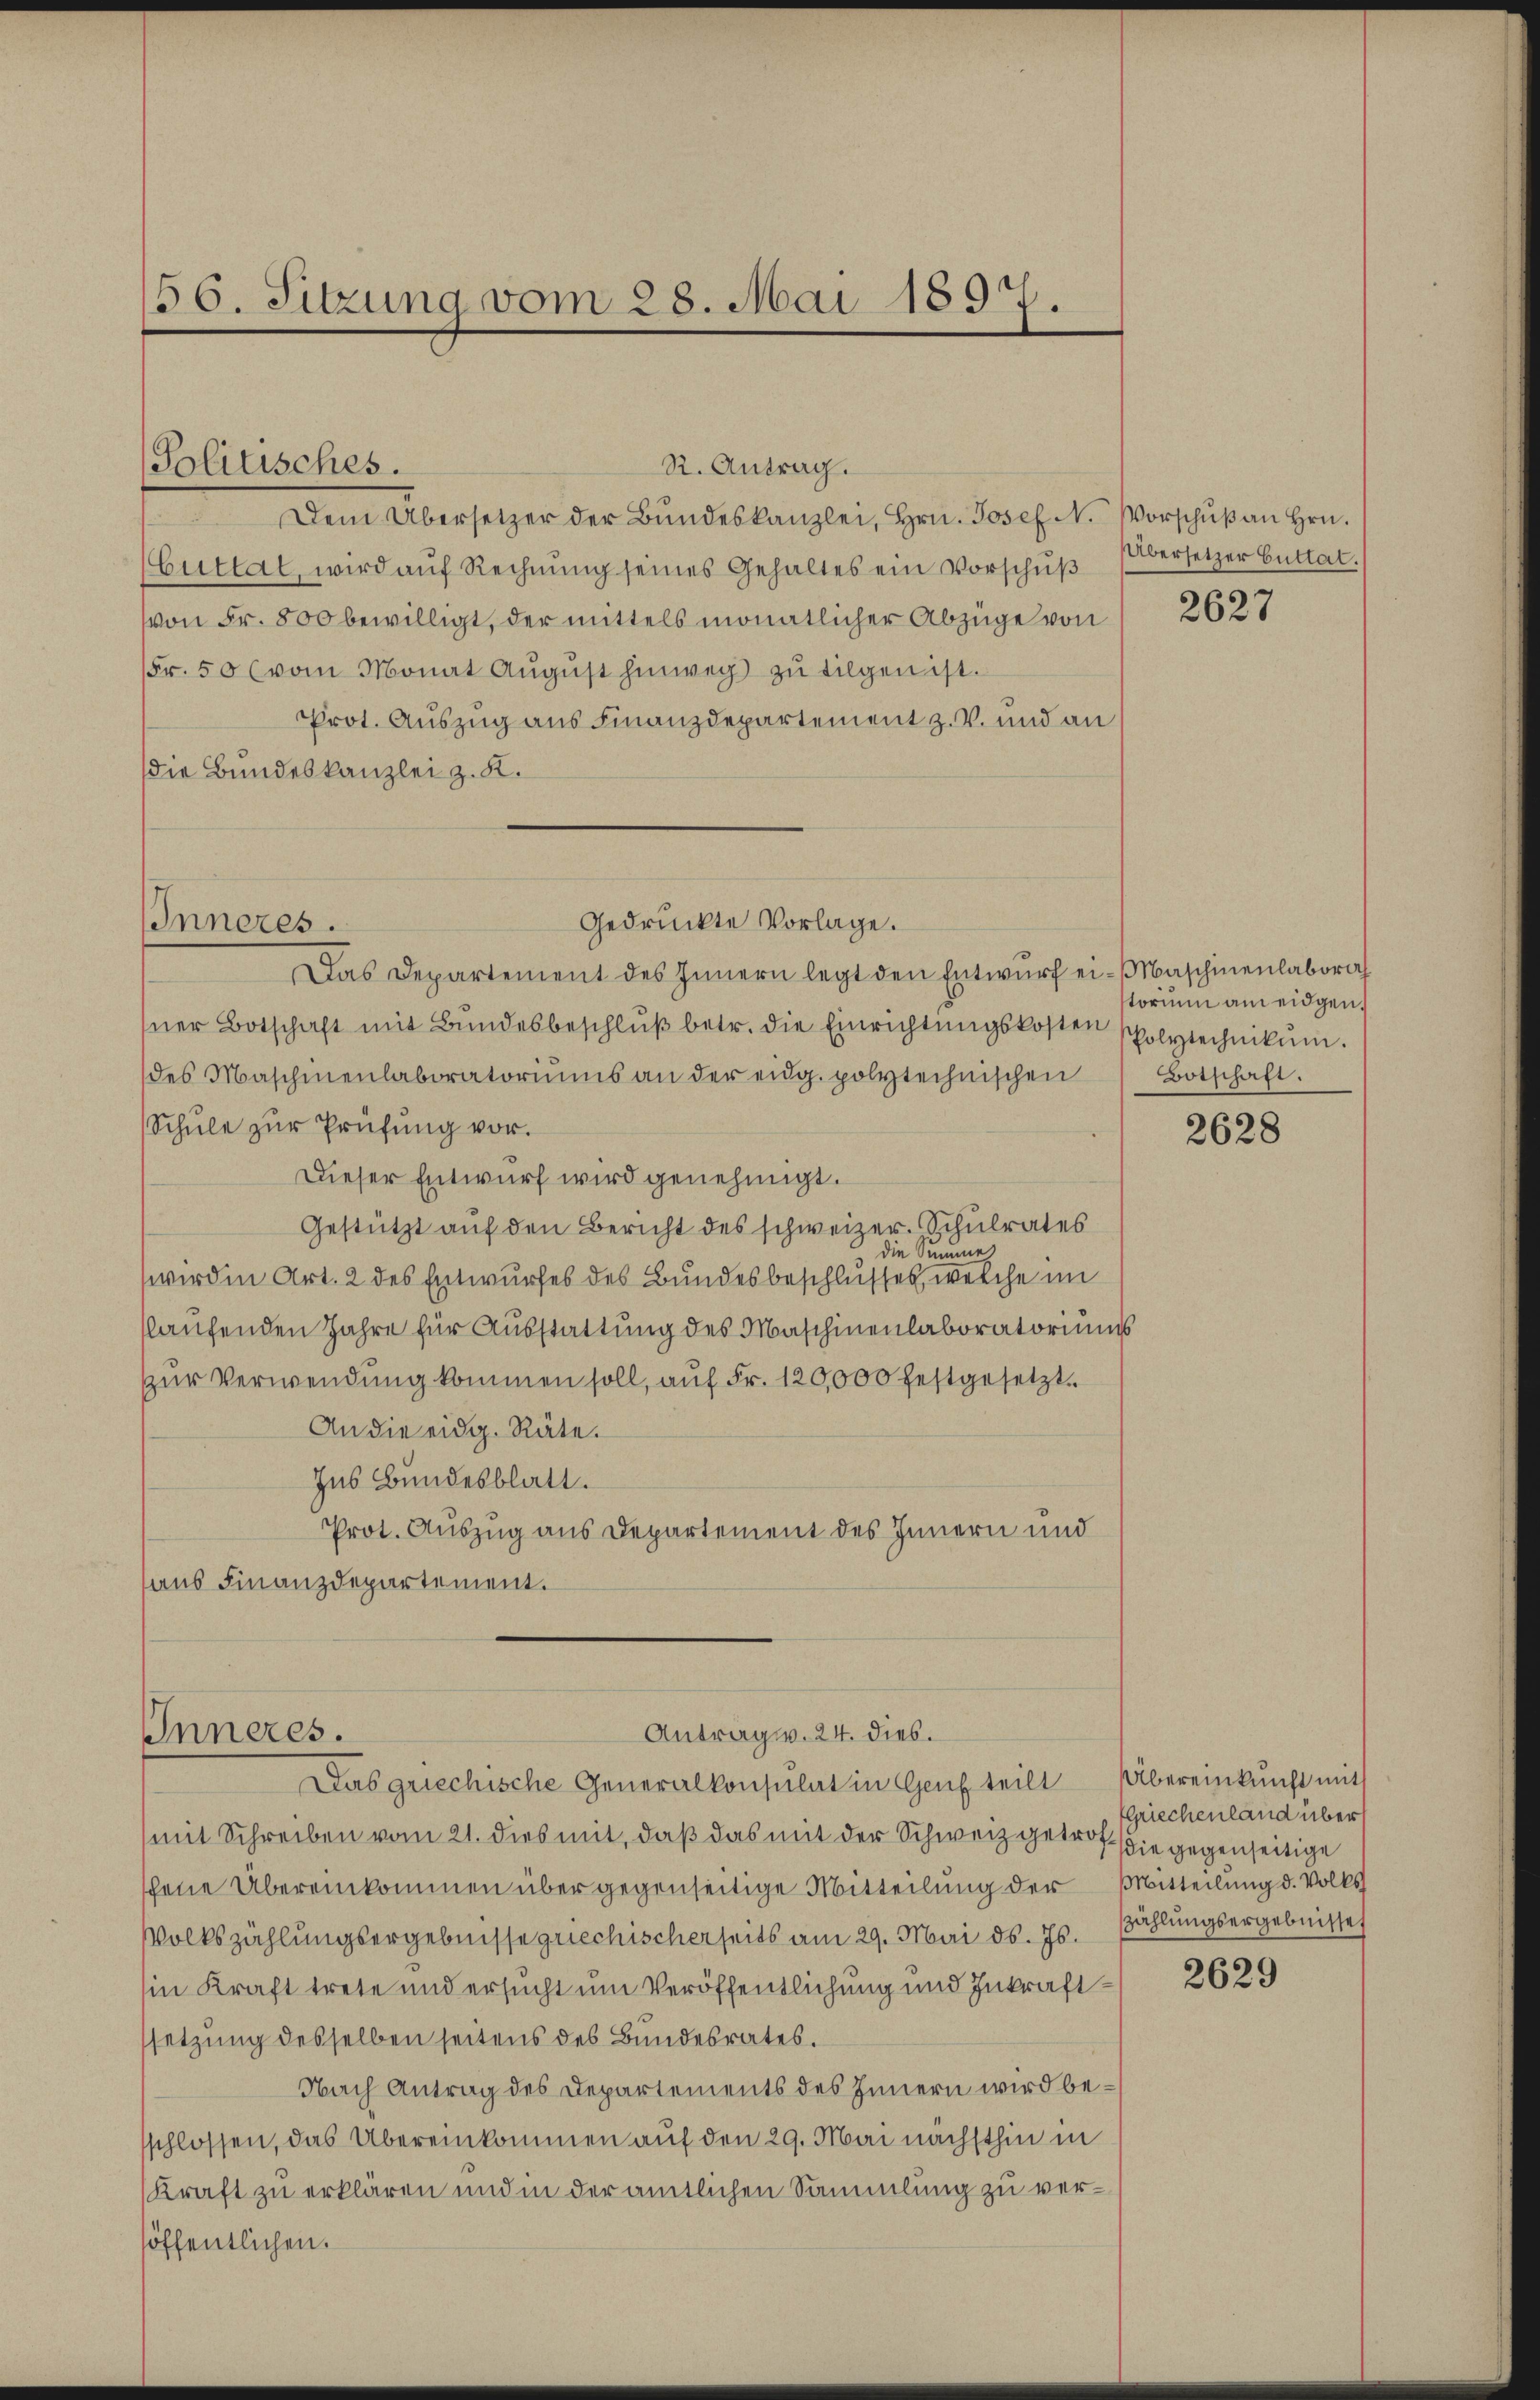
56. Sitzung vom 28. Mai 1897.
—

R. Antrag.
Dem Übersetzer der Bŭndeskanzlei, Hrn. Josef N. Vorschŭβ an Hrn.
(Guttal, wird auf Rechnung seines Gehaltes ein Vorschŭβ Obersetzer Guttat.
von Fr. 800 bewilligt, der mittels monatlicher Abzüge von
Fr. 50 (vom Monat Aŭgŭst hinweg zŭ tilgen ist.
Prot. Auszug aus Finanzdepartement z. V. und an
die Bundeskanzlei z. K.
Das Departement des Innern legt den Entwŭrf ei- Maschinenlabora
ner Botschaft mit Bŭndesbeschlŭβ betr. die Einrichtŭngskosten scholytechnikum.
des Maschinenlaboratoriŭms an der eidg. polytechnischen
Schŭle zŭr Prüfŭng vor.
Dieser Entwurf wird genehmigt.
Gestützt auf den Bericht des schweizer. Schulrates
die Summe
wird in Art. 2 des Entwurfes des Bundesbeschlusses, welche im
slaufenden Jahre für Ausstattung des Maschinenlaboratoriums
zŭr Verwendung kommen soll, auf Fr. 120,000 festgesetzt.
An die eidg. Räte.
Ins Bundesblatt.
Prot. Auszug aus Departement des Innern und
aus Finanzdepartement.

Politisches.

Gedrückte Vorlage.
Inneres.

Antrag v. 24. dies.
Inneres.
Das griechische Generalkonsulat in Genf teilt Übereinkunft mit

mit Schreiben vom 21. dies mit, daß das mit der Schweiz getrof die gegenseitige
schene Übereinkommen über gegenseitige Mitteilung der Mitteilung d. Volks
Volkszählungsergebnisse griechischerseits am 29. Mai d. Js. Zahlungsergebnisse
in Kraft trete und ersucht um Veröffentlichung und Inkraftsetzung desselben seitens des Bundesrates.
Nach Antrag des Departements des Innern wird besschlossen, das Übereinkommen auf den 29. Mai nächsthin in
Kraft zu erklären und in der amtlichen Sammlung zu verhöffentlichen.

2627

torium am eidgen.
Botschaft.

2628

Griechenland über

2629